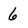
Character: 6